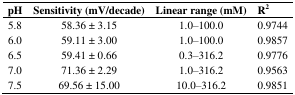
<table><thead><tr><td><b>pH</b></td><td><b>Sensitivity (mV/decade)</b></td><td><b>Linear range (mM)</b></td><td><b>R<sup>2</sup></b></td></tr></thead><tbody><tr><td>5.8</td><td>58.36 ± 3.15</td><td>1.0–100.0</td><td>0.9744</td></tr><tr><td>6.0</td><td>59.11 ± 3.00</td><td>1.0–100.0</td><td>0.9857</td></tr><tr><td>6.5</td><td>59.41 ± 0.66</td><td>0.3–316.2</td><td>0.9776</td></tr><tr><td>7.0</td><td>71.36 ± 2.29</td><td>1.0–316.2</td><td>0.9563</td></tr><tr><td>7.5</td><td>69.56 ± 15.00</td><td>10.0–316.2</td><td>0.9851</td></tr></tbody></table>